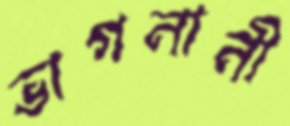
ভাগনানী